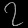
Digit: ၇